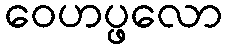
ဝေဟပ္ဖလော